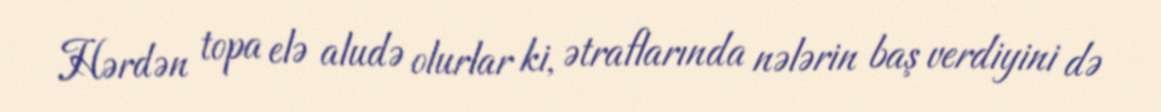
Hərdən topa elə aludə olurlar ki, ətraflarında nələrin baş verdiyini də